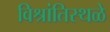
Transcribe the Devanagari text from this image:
विश्रांतिस्थळे